Source: Handwritten
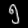
Digit: ၅ (5)